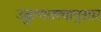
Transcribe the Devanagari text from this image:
उड्डाणतत्त्वानुसार